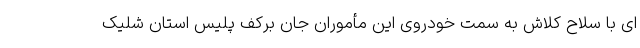
ای با سلاح کلاش به سمت خودروی این مأموران جان برکف پلیس استان شلیک